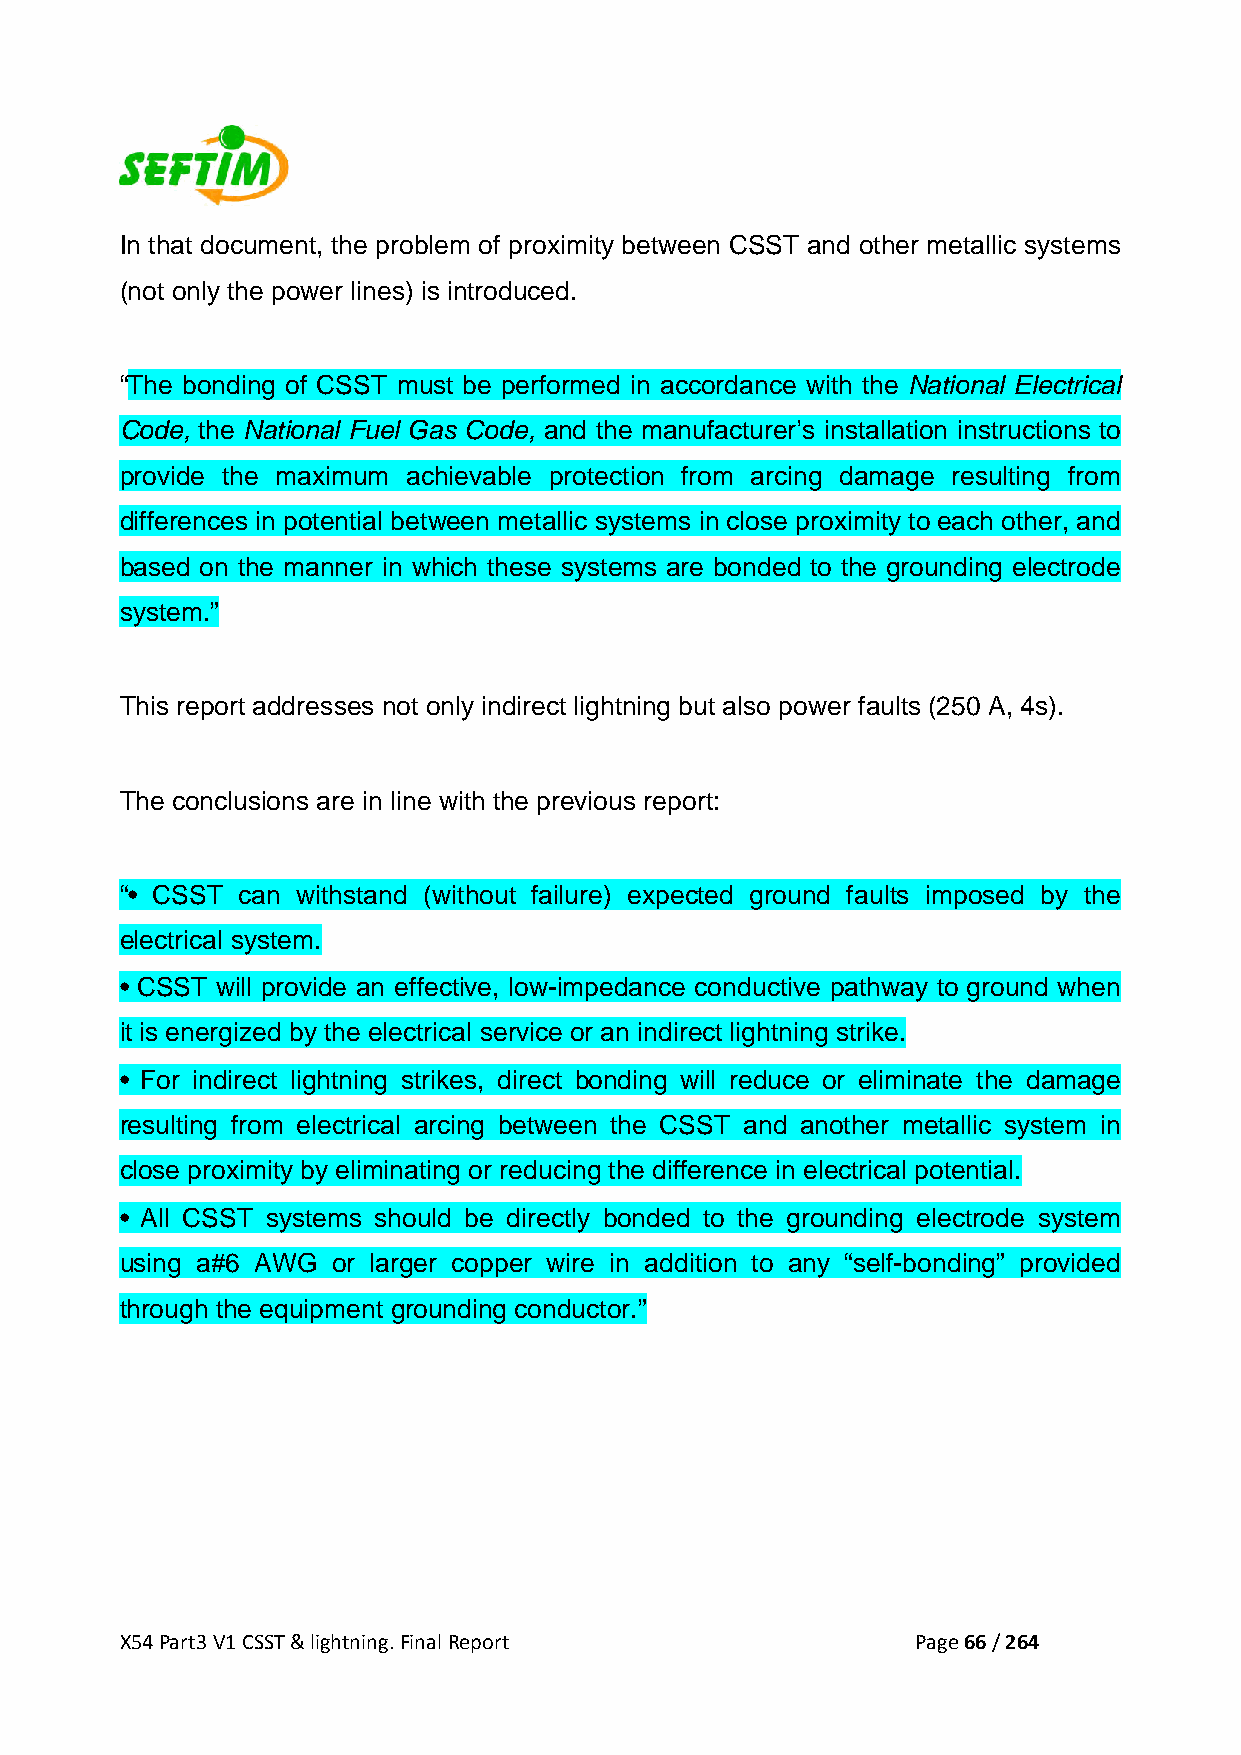
In that document, the problem of proximity between CSST and other metallic systems
 (not only the power lines) is introduced.
 “The bonding of CSST must be performed in accordance with the National Electrical
 Code, the National Fuel Gas Code, and the manufacturer’s installation instructions to
 provide the maximum achievable protection from arcing damage resulting from
 differences in potential between metallic systems in close proximity to each other, and
 based on the manner in which these systems are bonded to the grounding electrode
 system.”
 This report addresses not only indirect lightning but also power faults (250 A, 4s).
 The conclusions are in line with the previous report:
 “• CSST can withstand (without failure) expected ground faults imposed by the
 electrical system.
 • CSST will provide an effective, low-impedance conductive pathway to ground when
 it is energized by the electrical service or an indirect lightning strike.
 • For indirect lightning strikes, direct bonding will reduce or eliminate the damage
 resulting from electrical arcing between the CSST and another metallic system in
 close proximity by eliminating or reducing the difference in electrical potential.
 • All CSST systems should be directly bonded to the grounding electrode system
 using a#6 AWG or larger copper wire in addition to any “self-bonding” provided
 through the equipment grounding conductor.”
 X54 Part3 V1 CSST & lightning. Final Report          Page 66 / 264